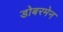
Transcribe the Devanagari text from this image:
डोबरमेन